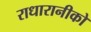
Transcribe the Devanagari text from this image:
राधारानीको